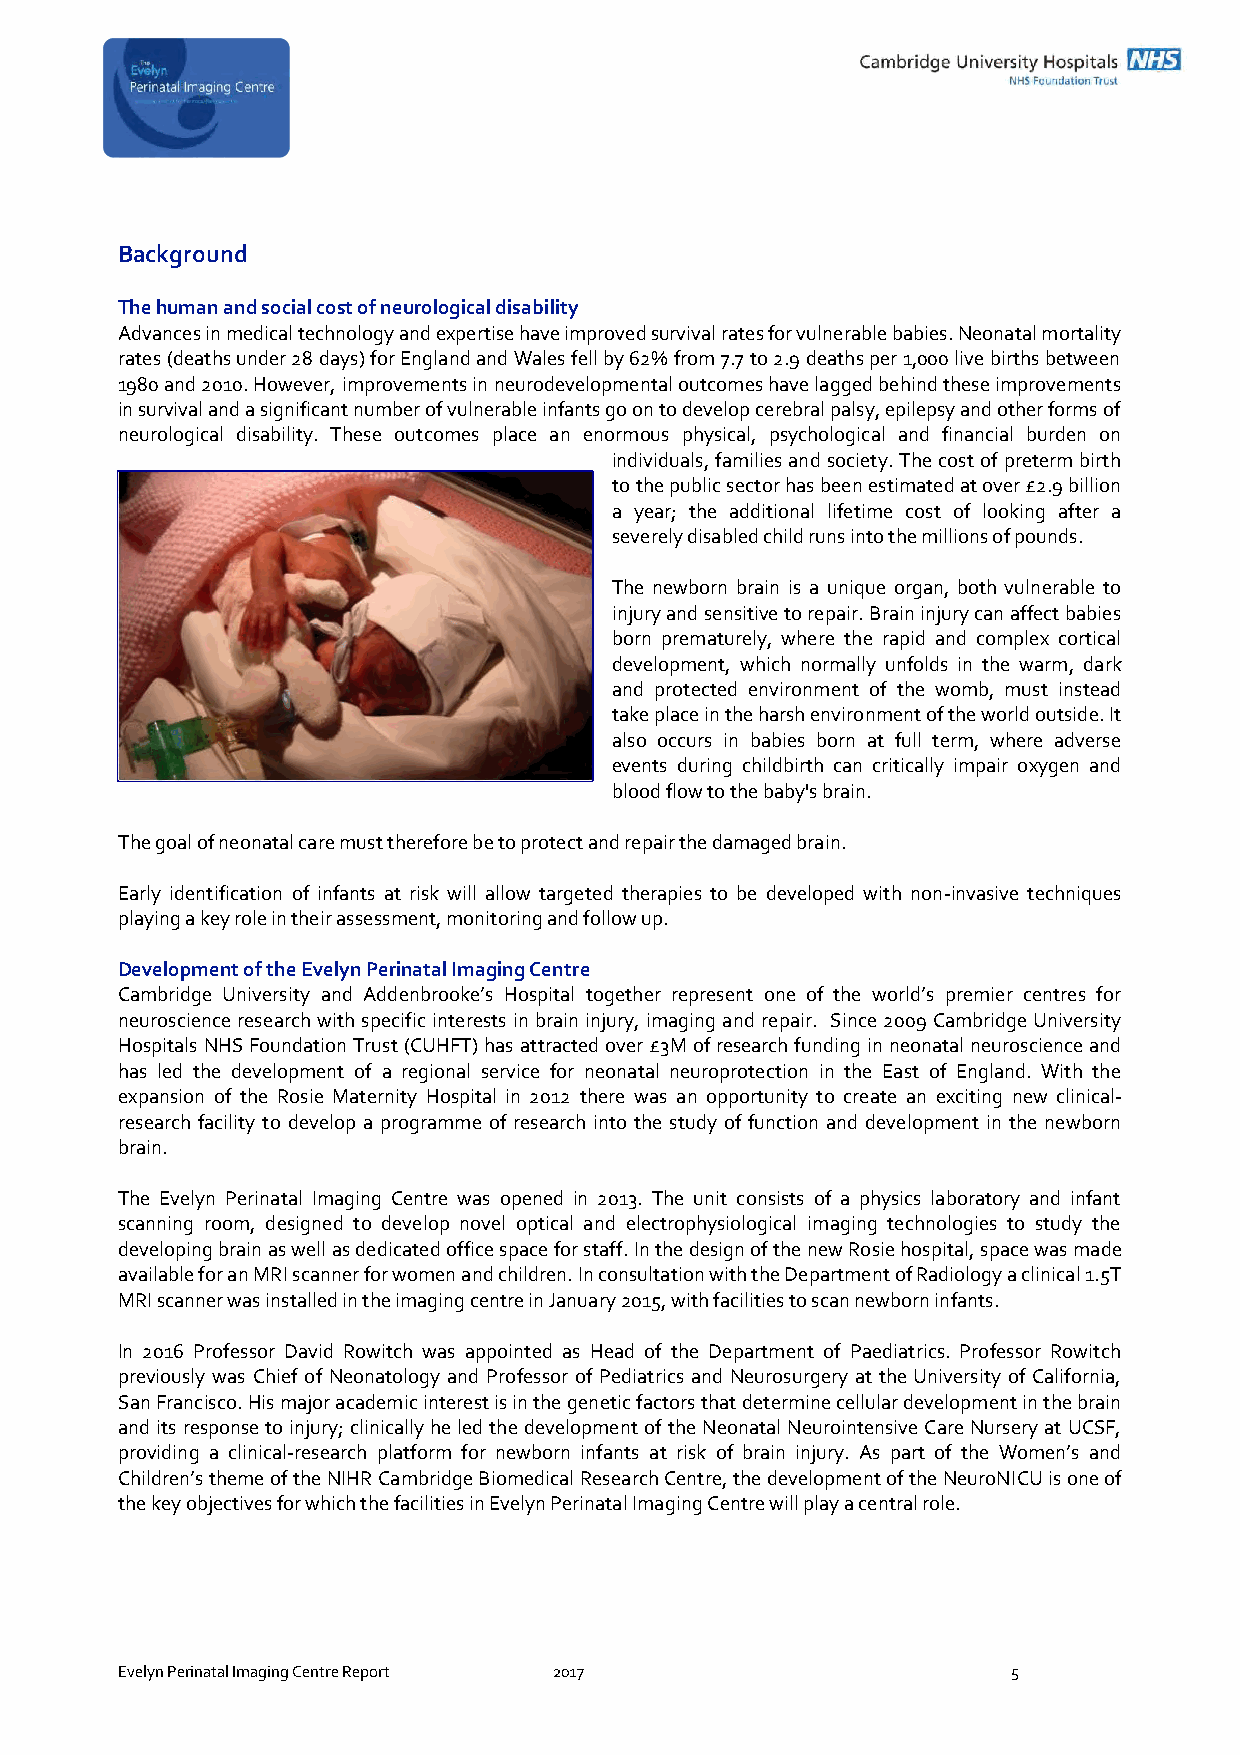
Background
 The human and social cost of neurological disability
 Advances in medical technology and expertise have improved survival rates for vulnerable babies. Neonatal mortality
 rates (deaths under 28 days) for England and Wales fell by 62% from 7.7 to 2.9 deaths per 1,000 live births between
 1980 and 2010. However, improvements in neurodevelopmental outcomes have lagged behind these improvements
 in survival and a significant number of vulnerable infants go on to develop cerebral palsy, epilepsy and other forms of
 neurological disability. These outcomes place an enormous physical, psychological and financial burden on
 individuals, families and society. The cost of preterm birth
 to the public sector has been estimated at over £2.9 billion
 a year; the additional lifetime cost of looking after a
 severely disabled child runs into the millions of pounds.
 The newborn brain is a unique organ, both vulnerable to
 injury and sensitive to repair. Brain injury can affect babies
 born prematurely, where the rapid and complex cortical
 development, which normally unfolds in the warm, dark
 and protected environment of the womb, must instead
 take place in the harsh environment of the world outside. It
 also occurs in babies born at full term, where adverse
 events during childbirth can critically impair oxygen and
 blood flow to the baby's brain.
 The goal of neonatal care must therefore be to protect and repair the damaged brain.
 Early identification of infants at risk will allow targeted therapies to be developed with non-invasive techniques
 playing a key role in their assessment, monitoring and follow up.
 Development of the Evelyn Perinatal Imaging Centre
 Cambridge University and Addenbrooke’s Hospital together represent one of the world’s premier centres for
 neuroscience research with specific interests in brain injury, imaging and repair. Since 2009 Cambridge University
 Hospitals NHS Foundation Trust (CUHFT) has attracted over £3M of research funding in neonatal neuroscience and
 has led the development of a regional service for neonatal neuroprotection in the East of England. With the
 expansion of the Rosie Maternity Hospital in 2012 there was an opportunity to create an exciting new clinical-
 research facility to develop a programme of research into the study of function and development in the newborn
 brain.
 The Evelyn Perinatal Imaging Centre was opened in 2013. The unit consists of a physics laboratory and infant
 scanning room, designed to develop novel optical and electrophysiological imaging technologies to study the
 developing brain as well as dedicated office space for staff. In the design of the new Rosie hospital, space was made
 available for an MRI scanner for women and children. In consultation with the Department of Radiology a clinical 1.5T
 MRI scanner was installed in the imaging centre in January 2015, with facilities to scan newborn infants.
 In 2016 Professor David Rowitch was appointed as Head of the Department of Paediatrics. Professor Rowitch
 previously was Chief of Neonatology and Professor of Pediatrics and Neurosurgery at the University of California,
 San Francisco. His major academic interest is in the genetic factors that determine cellular development in the brain
 and its response to injury; clinically he led the development of the Neonatal Neurointensive Care Nursery at UCSF,
 providing a clinical-research platform for newborn infants at risk of brain injury. As part of the Women’s and
 Children’s theme of the NIHR Cambridge Biomedical Research Centre, the development of the NeuroNICU is one of
 the key objectives for which the facilities in Evelyn Perinatal Imaging Centre will play a central role.
 Evelyn Perinatal Imaging Centre Report 2017                5